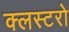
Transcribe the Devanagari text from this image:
क्लस्टरो